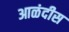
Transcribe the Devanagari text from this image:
आळंदीस